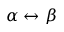
\alpha \leftrightarrow \beta